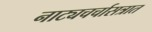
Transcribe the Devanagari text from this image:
नाट्यचर्चासत्रात